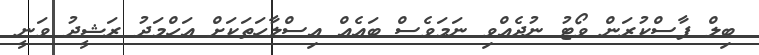
ބިލް ފާސްކުރަން ވޯޓު ނުދެއްވި ނަމަވެސް ބައެއް އިސްލާހަތަކަށް އަހްމަދު ރަޝީދު ވަނީ